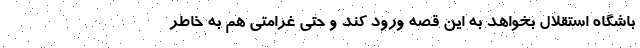
باشگاه استقلال بخواهد به این قصه ورود کند و حتی غرامتی هم به خاطر